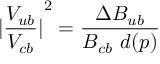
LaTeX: { | { \frac { V _ { u b } } { V _ { c b } } } | } ^ { 2 } = { \frac { \Delta B _ { u b } } { B _ { c b } ~ d ( p ) } }